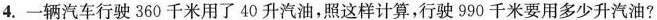
4.一辆汽车行驶360千米用了40升汽油，照这样计算，行驶990千米要用多少升汽油?